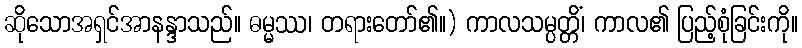
ဆိုသောအရှင်အာနန္ဒာသည်။ ဓမ္မဿ၊ တရားတော်၏။) ကာလသမ္ပတ္တိံ၊ ကာလ၏ ပြည့်စုံခြင်းကို။